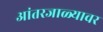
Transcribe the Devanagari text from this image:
आंतरजाळ्यावर